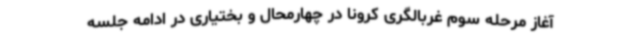
آغاز مرحله سوم غربالگری کرونا در چهارمحال و بختیاری در ادامه جلسه